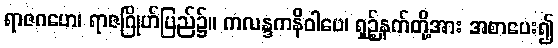
ရာဇဂဟေ၊ ရာဇဂြိုဟ်ပြည်၌။ ကလန္ဒကနိဝါပေ၊ ရှဉ့်နက်တို့အား အစာပေး၍